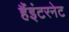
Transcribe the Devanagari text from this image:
हैंइंटरनेट